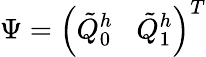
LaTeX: \Psi=\left(\tilde{Q}_{0}^{h}\; \; \; \tilde{Q}_{1}^{h}\right)^{T}